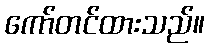
ကော်တင်ထားသည်။